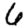
Digit: 6